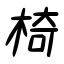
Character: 椅